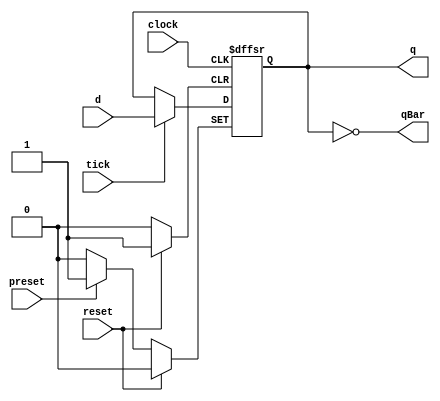
module D_FLIPFLOP( clock,
                   d,
                   preset,
                   q,
                   qBar,
                   reset,
                   tick );

   /*******************************************************************************
   ** Here all module parameters are defined with a dummy value                  **
   *******************************************************************************/
   parameter invertClockEnable = 1;

   /*******************************************************************************
   ** The inputs are defined here                                                **
   *******************************************************************************/
   input clock;
   input d;
   input preset;
   input reset;
   input tick;

   /*******************************************************************************
   ** The outputs are defined here                                               **
   *******************************************************************************/
   output q;
   output qBar;

   /*******************************************************************************
   ** The wires are defined here                                                 **
   *******************************************************************************/
   wire s_clock;
   wire s_nextState;

   /*******************************************************************************
   ** The registers are defined here                                             **
   *******************************************************************************/
   reg s_currentState;

   /*******************************************************************************
   ** The module functionality is described here                                 **
   *******************************************************************************/

   /*******************************************************************************
   ** Here the output signals are defined                                        **
   *******************************************************************************/
   assign q        = s_currentState;
   assign qBar     = ~(s_currentState);
   assign s_clock  = (invertClockEnable == 0) ? clock : ~clock;

   /*******************************************************************************
   ** Here the initial register value is defined; for simulation only            **
   *******************************************************************************/
   initial
   begin
      s_currentState = 0;
   end

   /*******************************************************************************
   ** Here the update logic is defined                                           **
   *******************************************************************************/
   assign s_nextState  =  d;

   /*******************************************************************************
   ** Here the actual state register is defined                                  **
   *******************************************************************************/
   always @(posedge reset or posedge preset or posedge s_clock)
   begin
      if (reset) s_currentState <= 1'b0;
      else if (preset) s_currentState <= 1'b1;
      else if (tick) s_currentState <= s_nextState;
   end

endmodule